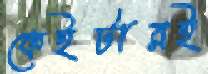
কেইটারই